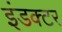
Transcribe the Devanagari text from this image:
इंडक्टर